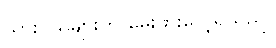
သားငယ်များကို မွေးဖွားလေ့ရှိသည်။